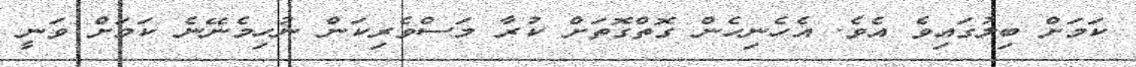
ކަމަށް ބިލުގައިވެ އެވެ. އެހެނިހެން ގޮތްގޮތަށް ކުރާ މަސްވެރިކަން ނުހިމެނޭނެ ކަމަށް ވަނީ